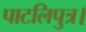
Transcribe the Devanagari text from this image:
पाटलिपुत्र।